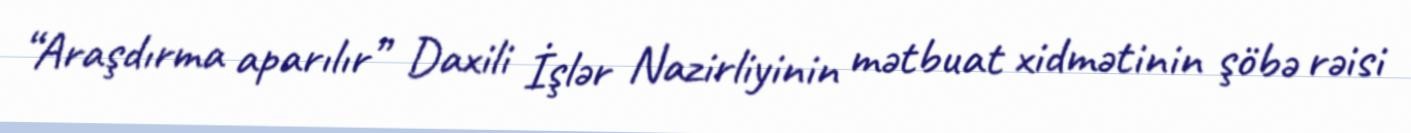
“Araşdırma aparılır” Daxili İşlər Nazirliyinin mətbuat xidmətinin şöbə rəisi